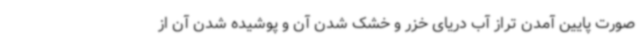
صورت پایین آمدن تراز آب دریای خزر و خشک شدن آن و پوشیده شدن آن از